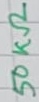
Text: 50KΩ